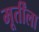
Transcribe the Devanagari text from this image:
मूर्तींला